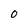
Character: 0